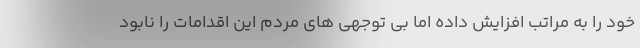
خود را به مراتب افزایش داده اما بی توجهی های مردم این اقدامات را نابود